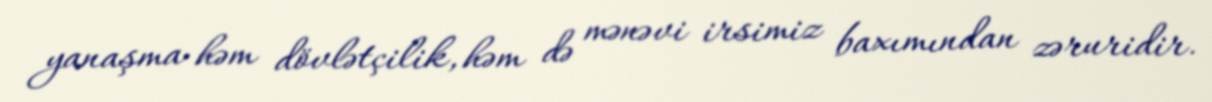
yanaşma həm dövlətçilik, həm də mənəvi irsimiz baxımından zəruridir.